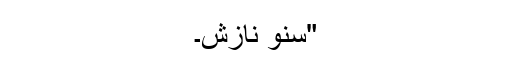
"سنو نازش۔